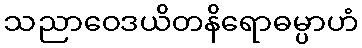
သညာဝေဒယိတနိရောဓမ္ပာဟံ